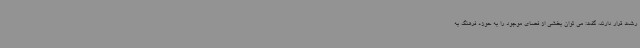
رشت قرار دارند، گفت: می توان بخشی از فضای موجود را به حوزه فرهنگ به